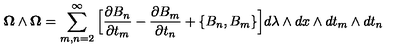
{ \bf \Omega } \wedge { \bf \Omega } = \sum _ { m , n = 2 } ^ { \infty } \Big [ { \frac { \partial { B } _ { n } } { \partial t _ { m } } } - { \frac { \partial { B } _ { m } } { \partial t _ { n } } } + \{ { B } _ { n } , { B } _ { m } \} \Big ] d \lambda \wedge d x \wedge d t _ { m } \wedge d t _ { n }